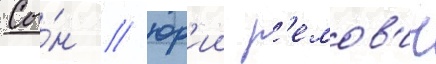
Сы́н / юр'ии р'емов'ич